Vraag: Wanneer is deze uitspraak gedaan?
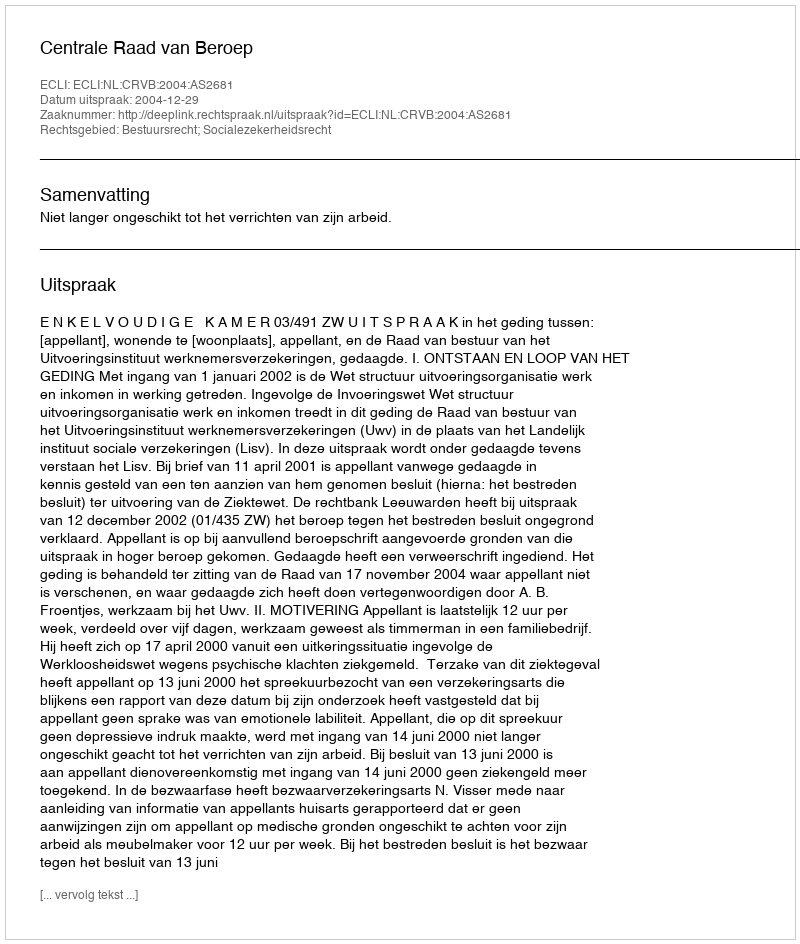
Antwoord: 2004-12-29